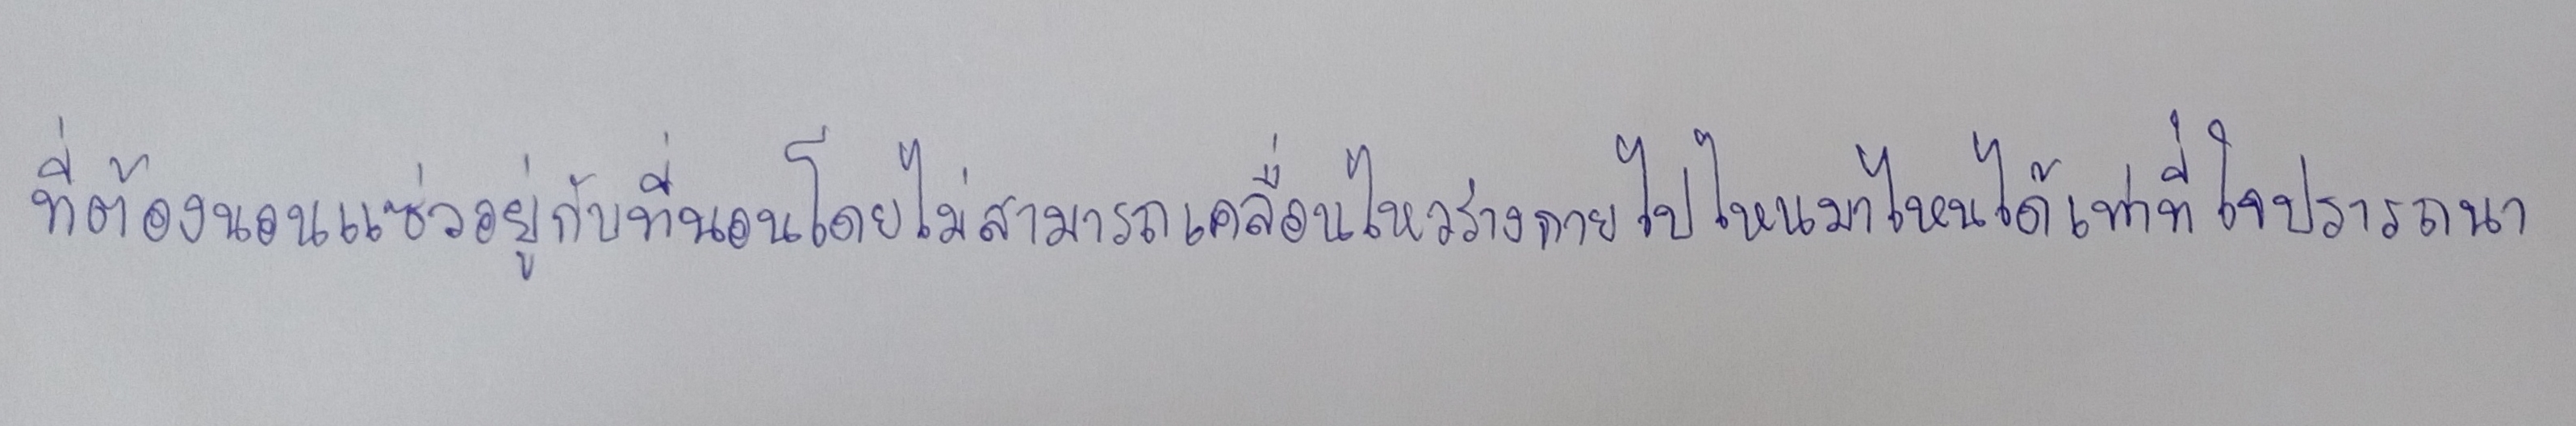
ที่ต้องนอนแซ่วอยู่กับที่นอนโดยไม่สามารถเคลื่อนไหวร่างกายไปไหนมาไหนได้เท่าที่ใจปรารถนา